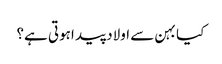
کیا بہن سے اولاد پید اہوتی ہے؟